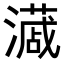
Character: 𭳎